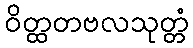
ဝိတ္ထတဗလသုတ္တံ